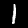
Label: 1